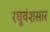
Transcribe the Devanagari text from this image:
रघुवंशसार